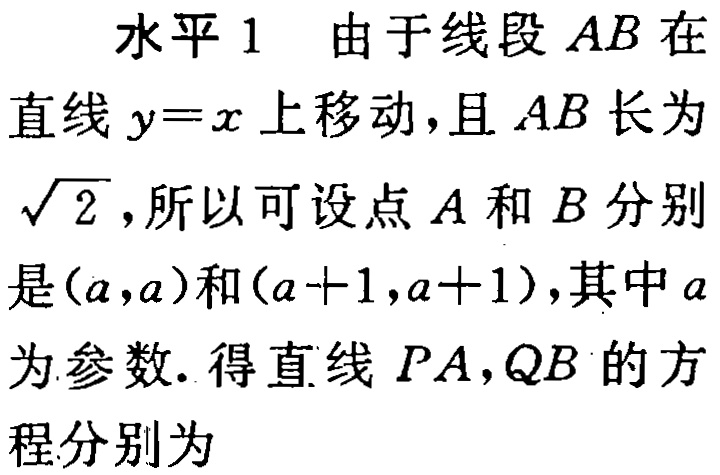
水平1 由于线段 \(AB\) 在
直线 \(y = x\) 上移动，且 \(AB\) 长为
\(\sqrt{2}\)，所以可设点 \(A\) 和 \(B\) 分别
是\((a,a)\)和\((a + 1,a + 1)\)，其中 \(a\)
为参数. 得直线 \(PA,QB\) 的方
程分别为